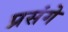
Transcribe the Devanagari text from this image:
प्रसंगे